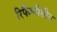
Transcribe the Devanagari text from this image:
रिफैम्पीसीन